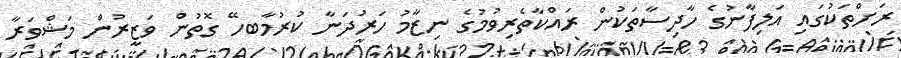
ރަށްތަކުގައި އަލިފާނުގެ ހާދިސާތަކުން ރައްކާތެރިވުމުގެ ނިޒާމު ހަރުދަނާ ކުރުމާބހޭ ގޮތުން ވަޒީރުން މަޝްވަރާ